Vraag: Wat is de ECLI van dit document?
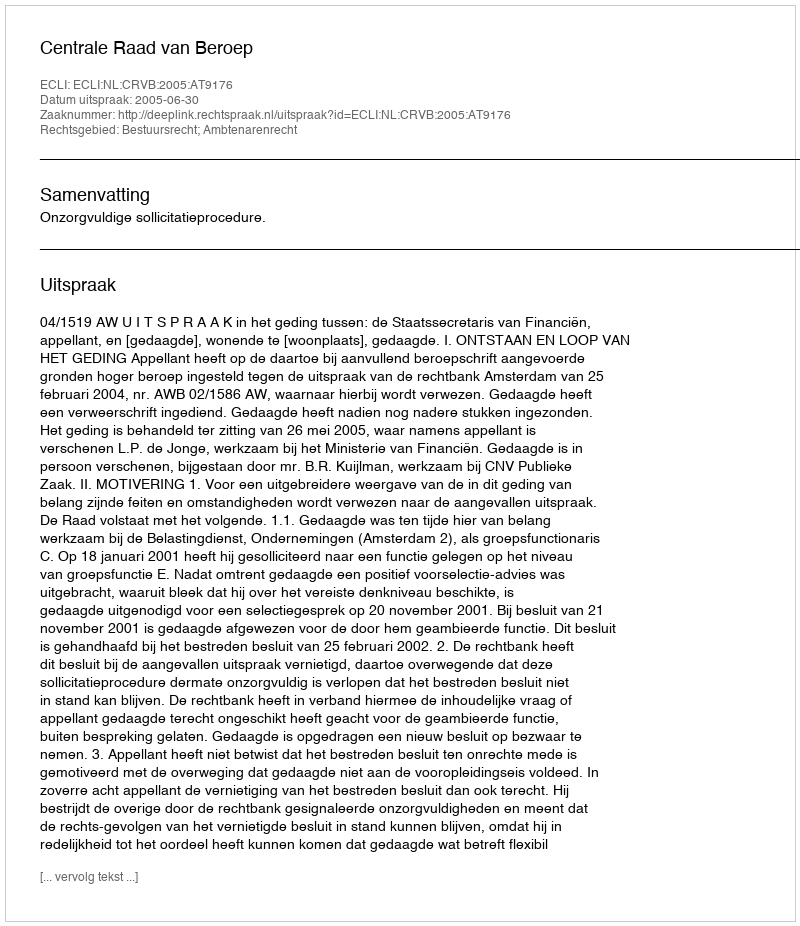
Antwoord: ECLI:NL:CRVB:2005:AT9176